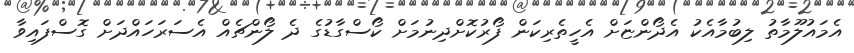
އެމައުލޫމާތު ލިބުމާއެކު އެދޯންޏަށް އެހީތެރިކަން ފޯރުކޮށްދިނުމަށް ކޯސްގާޑުގެ ދެ ލޯންޗެއް އެސަރަހައްދަށް ގޮސްފައިވާ